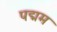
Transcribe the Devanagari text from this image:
पद्मम